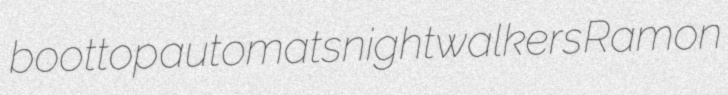
boottop automats nightwalkers Ramon